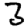
Digit: 3